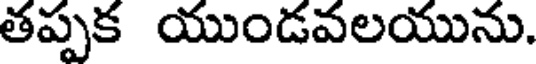
తప్పక యుండవలయును.